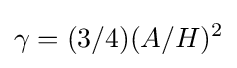
\gamma =(3/4)(A/H)^{2}